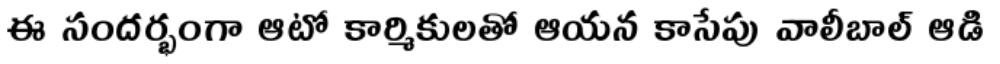
ఈ సందర్భంగా ఆటో కార్మికులతో ఆయన కాసేపు వాలీబాల్ ఆడి